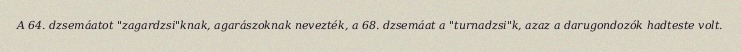
A 64. dzsemáatot "zagardzsi"knak, agarászoknak nevezték, a 68. dzsemáat a "turnadzsi"k, azaz a darugondozók hadteste volt.